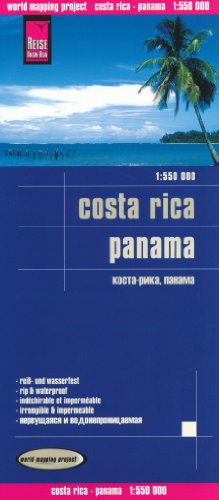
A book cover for Panama & Costa Rica 1:550,000 Travel Map, waterproof, GPS-compatible REISE; Reise Knowhow; Travel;